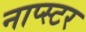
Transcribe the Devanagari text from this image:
नाप्स्टर